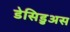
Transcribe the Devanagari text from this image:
डेसिडुअस